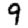
Digit: 9